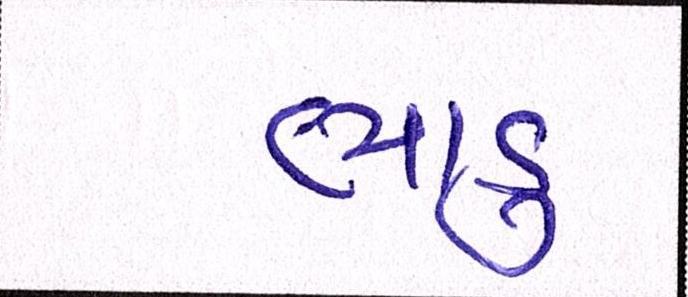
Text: ભાડુ